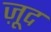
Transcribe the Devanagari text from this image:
ज़ूद